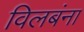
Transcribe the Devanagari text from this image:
विलबंना